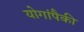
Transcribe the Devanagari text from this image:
योगांपैकी